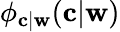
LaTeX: \phi_{\mathbf{c}|\mathbf{w}}(\mathbf{c}|\mathbf{w})